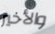
والأخير